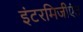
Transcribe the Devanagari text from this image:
इंटरमिजीएंत